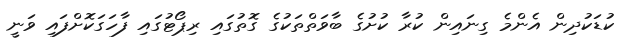
ކުޑަކުދިން އެންމެ ގިނައިން ކުރާ ކުށުގެ ބާވަތްތަކުގެ ގޮތުގައި ރިޕޯޓުގައި ފާހަގަކޮށްފައި ވަނީ